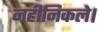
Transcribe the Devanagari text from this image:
नहींनिकले।